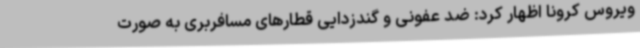
ویروس کرونا اظهار کرد: ضد عفونی و گندزدایی قطارهای مسافربری به صورت